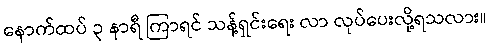
နောက်ထပ် ၃ နာရီ ကြာရင် သန့်ရှင်းရေး လာ လုပ်ပေးလို့ရသလား။